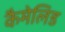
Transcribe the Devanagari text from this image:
कैमेलिड